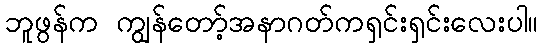
ဘူဖွန်က ကျွန်တော့်အနာဂတ်ကရှင်းရှင်းလေးပါ။